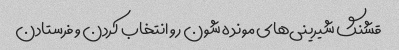
قشنگ شیرینی‌های مونده شون رو انتخاب کردن و فرستادن